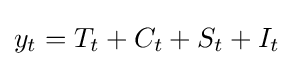
y_{t}=T_{t}+C_{t}+S_{t}+I_{t}